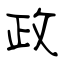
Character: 政